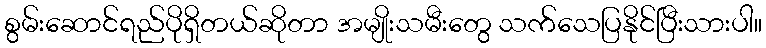
စွမ်းဆောင်ရည်ပိုရှိတယ်ဆိုတာ အမျိုးသမီးတွေ သက်သေပြနိုင်ပြီးသားပါ။